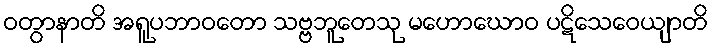
ဝတွာနာတိ အရူပဘာဝတော သဗ္ဗဘူတေသု မဟောဃောဝ ပဋိသေဝေယျာတိ